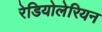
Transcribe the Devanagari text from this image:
रेडियोलेरियन